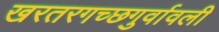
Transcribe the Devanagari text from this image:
खरतरगच्छगुर्वावली